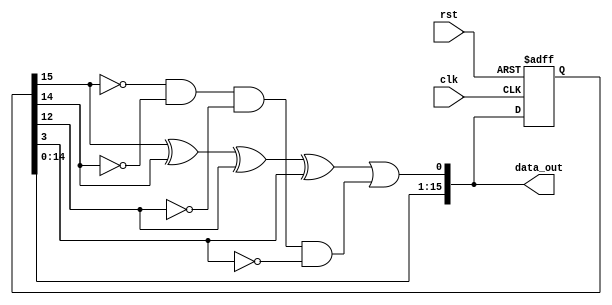
module LFSR_for_hc(
clk,rst,data_out
);

input wire clk,rst;
output [15:0] data_out; 
wire polyn_data,polyn_data_for0;
reg [15:0] random;

assign polyn_data = (random[15]^random[14]^random[12]^random[3]);
assign polyn_data_for0 = ~random[15]&~random[14]&~random[12]&~random[3];
assign data_out = {random[14:0],polyn_data||polyn_data_for0};

always @(posedge clk or posedge rst)
	if(rst) 
		random <= 16'b1;
	else begin 
		random <= data_out;
		if(data_out == 16'hA541) 
			$display("11");
	end
  
endmodule